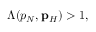
\begin{array} { r } { \Lambda ( p _ { N } , { \bf p } _ { H } ) > 1 , } \end{array}